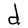
Character: d